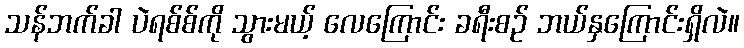
သန်ဘက်ခါ ပဲရစ်စ်ကို သွားမယ့် လေကြောင်း ခရီးစဉ် ဘယ်နှကြောင်းရှိလဲ။